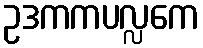
ဥဒကကပလ္လကေ